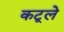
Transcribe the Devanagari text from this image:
कटूले